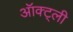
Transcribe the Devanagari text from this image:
ऑक्ट्ली